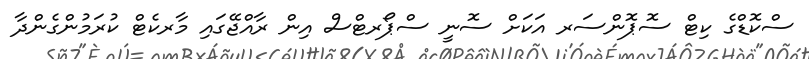
ސްކޮޑްގެ ކިޓް ސޮޕޮންސަރ އަކަށް ސޮނީ ސްޕޯރޓްސް އިން ރާއްޖޭގައި މާރކެޓް ކުރަމުންގެންދާ